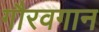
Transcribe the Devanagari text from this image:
गौरवगान